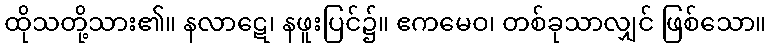
ထိုသတို့သား၏။ နလာဋေ၊ နဖူးပြင်၌။ ဧကမေဝ၊ တစ်ခုသာလျှင် ဖြစ်သော။